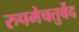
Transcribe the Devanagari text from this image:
रुपमेचतुर्वेद